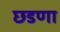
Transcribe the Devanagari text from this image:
छडणा